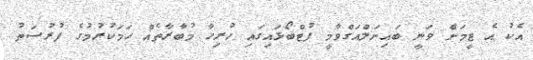
އެކު އެ ޓީމަށް ވަނީ ބައިނަލްއަގްވާމީ ފުޓްބޯޅައިގައި ހުރިހާ މުބާރާތެއް ހަމަކުރުމުގެ ފުރުސަތު